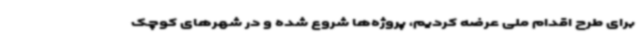
برای طرح اقدام ملی عرضه کردیم، پروژه‌ها شروع شده و در شهرهای کوچک